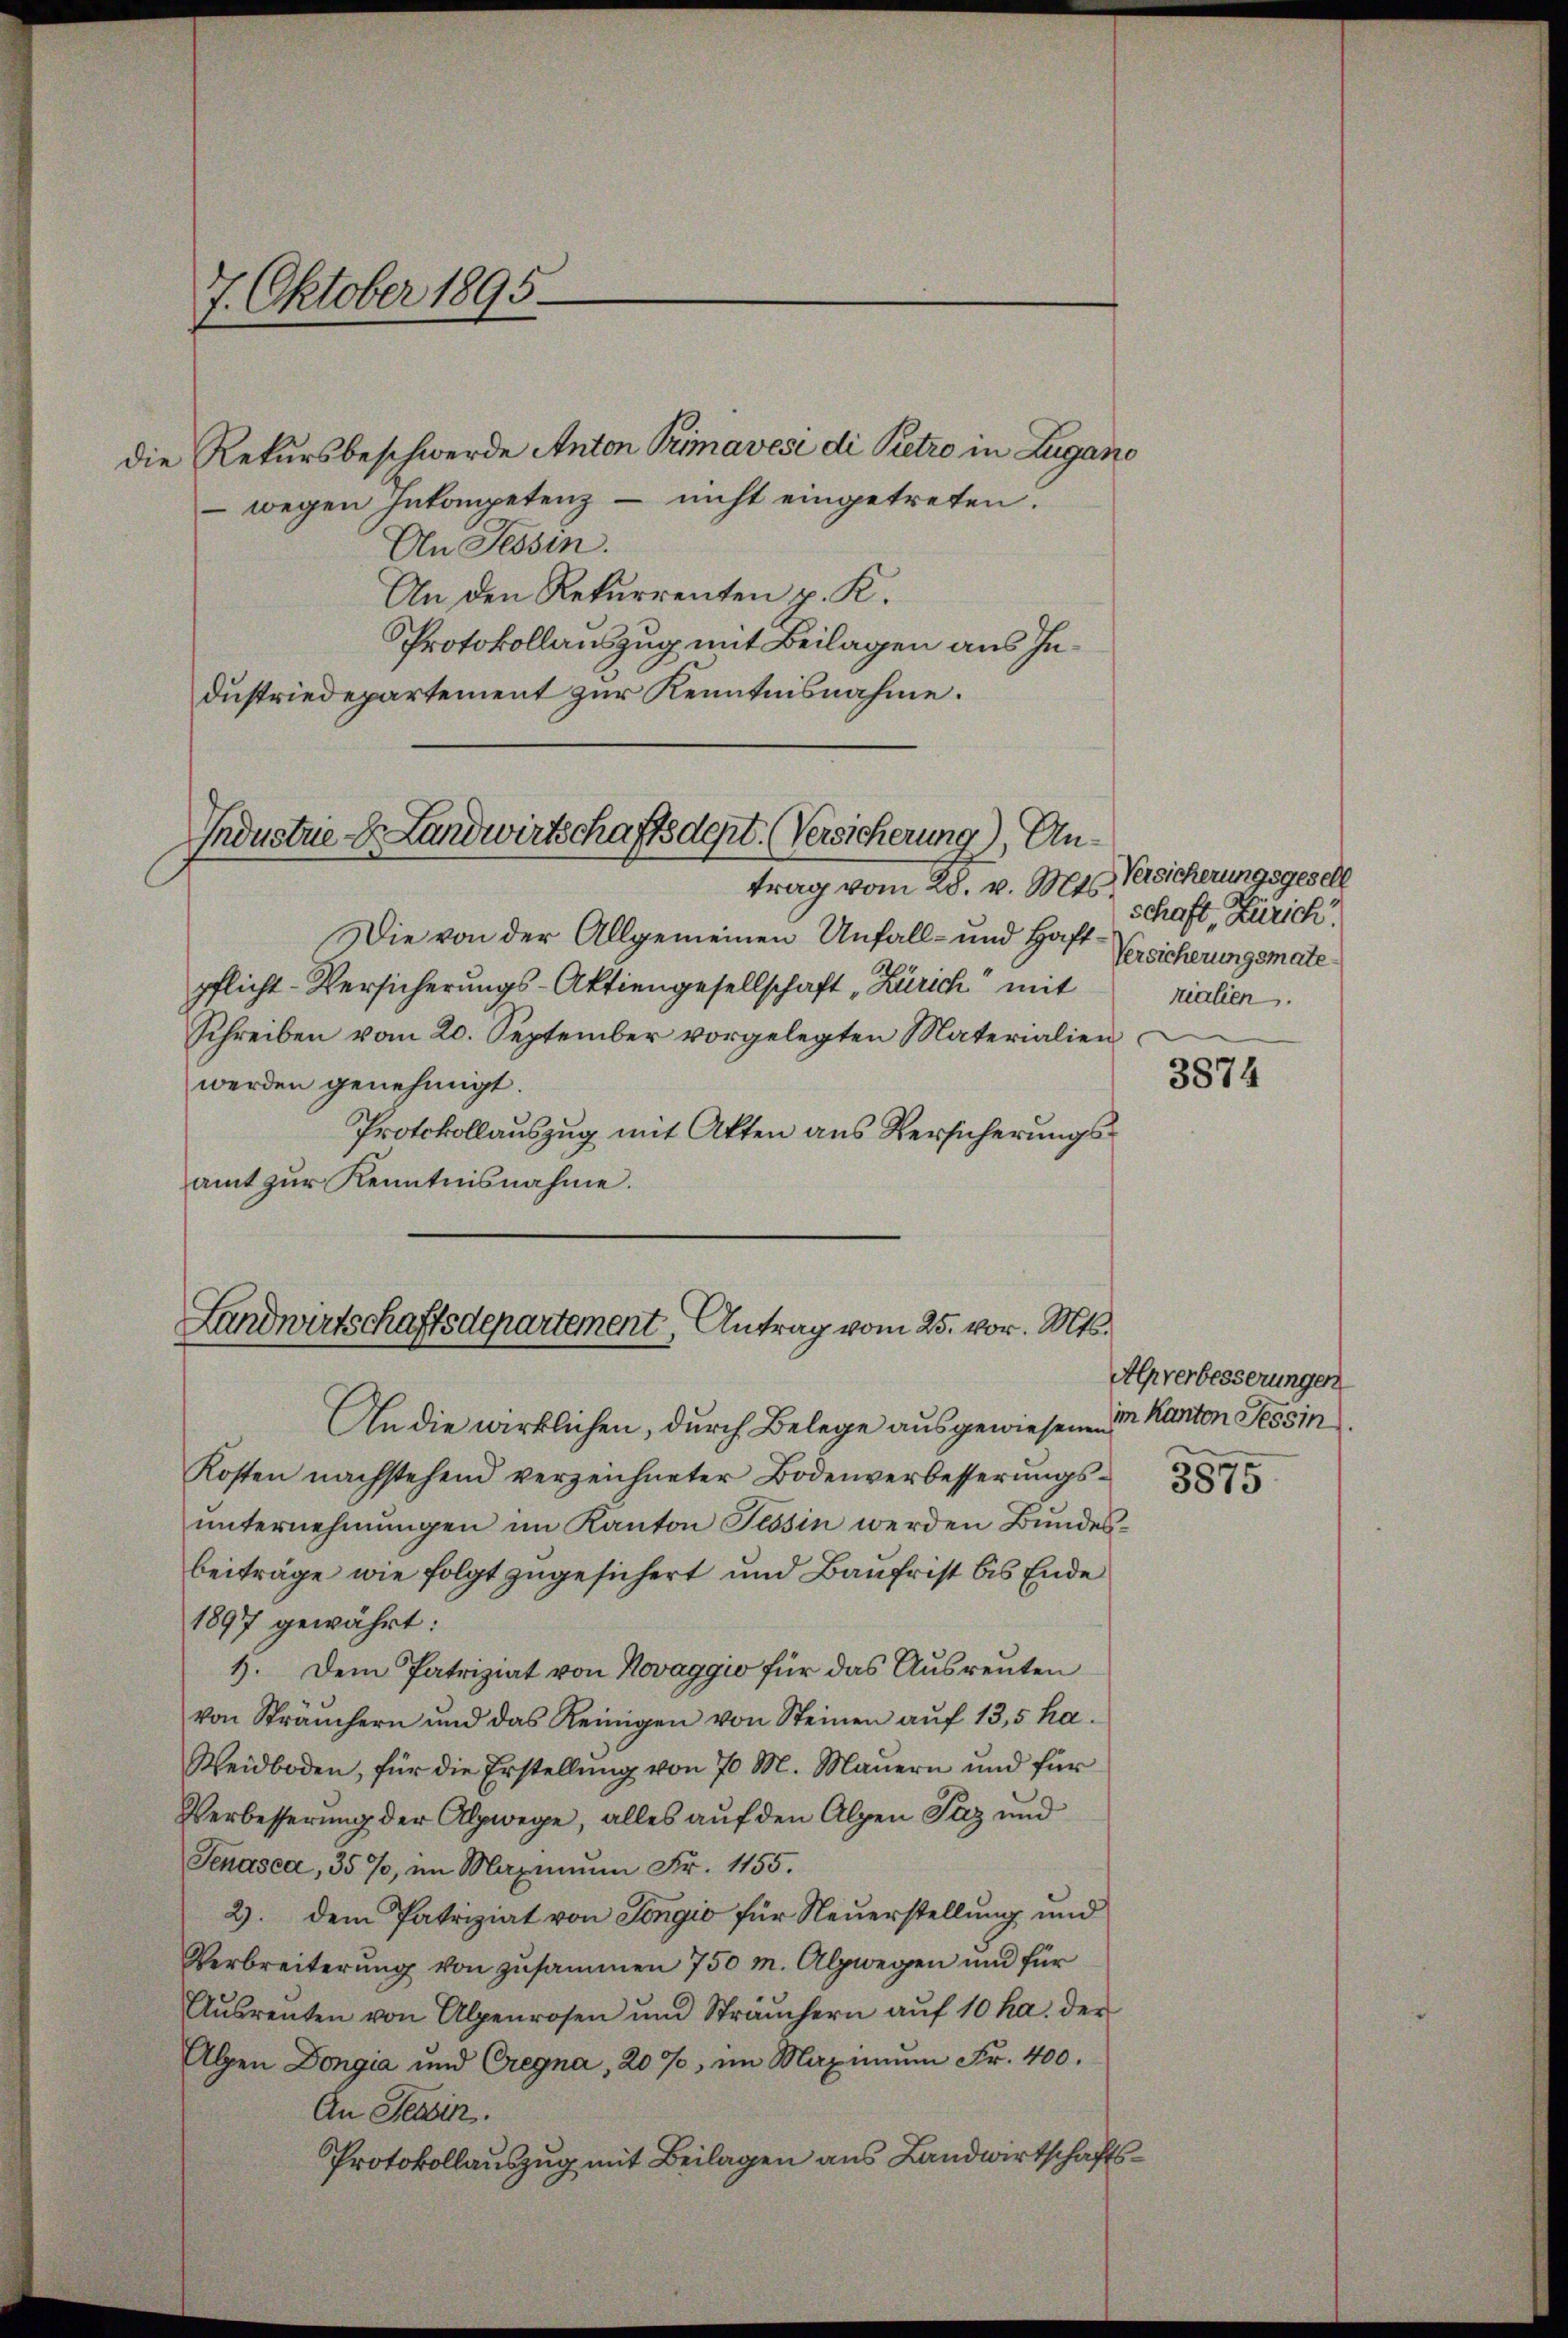
7. Oktober 1895.

die Rekursbeschwerde Anton Primavese di Petro in Zugano
 wegen Inkompetenz – nicht eingetreten.
An Tessin.
An den Rekurrenten p. K.
Protokollauszug mit Beilagen aus Industriedepartement zur Kenntnisnahme.

Industrie - Landwirtschaftsdept. (Versicherung), Antrag vom 28. v. Mts. Versicherungsgesell

Landwirtschaftsdepartement, Antrag vom 25. vor. Mts.

An die wirklichen, durch Belege ausgewiesenen
Kosten nachstehend verzeichneter Bodenverbesserungsunternehmungen im Kanton Tessin werden Bundesbeiträge wie folgt zugesichert und Baufrist bis Ende
1897 gewährt:
1. Dem Patriziat von Novaggio für das Ausrenten
von Stranchern und das Reinigen von Steinen aŭf 135 ha.
Weidboden, für die Erstellŭng von 70 M. Maŭern und für
Verbesserung der Alpwege, alles auf den Alpen Paz und
Senasca, 35%, im Maximum Fr. 1155.
2). Dem Patriziat von Sengio für Neuerstellung und
Verbreiterung von zusammen 750 m. Alpwegen und für
Aŭsrenten von Alpenrosen und Sträŭchern aŭf 10 ha. der
Alpen Dongia und Cregna, 20 %, im Maximum Fr. 400.
An Tessin.
Protokollauszug mit Beilagen aus Landwirtschafts¬

Die von der Allgemeinen Unfall- und Haftpflicht-Versicherungs-Aktiengesellschaft „Zürich mit
Schreiben vom 20. September vorgelegten Materialien
werden genehmigt.
Protokollauszug mit Akten aus Versicherungsamt zur Kenntnisnahme.

schaft, Zürich.
Versicherungsmate
rialien.

3874

Alpverbesserungen
im Kanton Tessin

3875